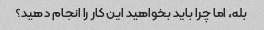
بله، اما چرا باید بخواهید این کار را انجام دهید؟